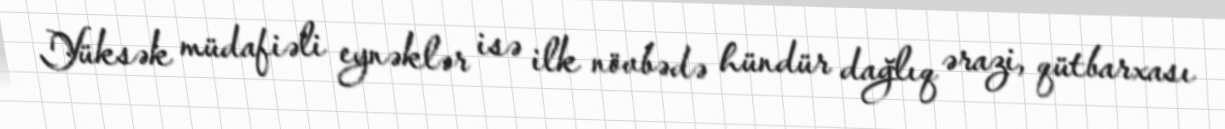
Yüksək müdafiəli eynəklər isə ilk növbədə hündür dağlıq ərazi, qütbarxası